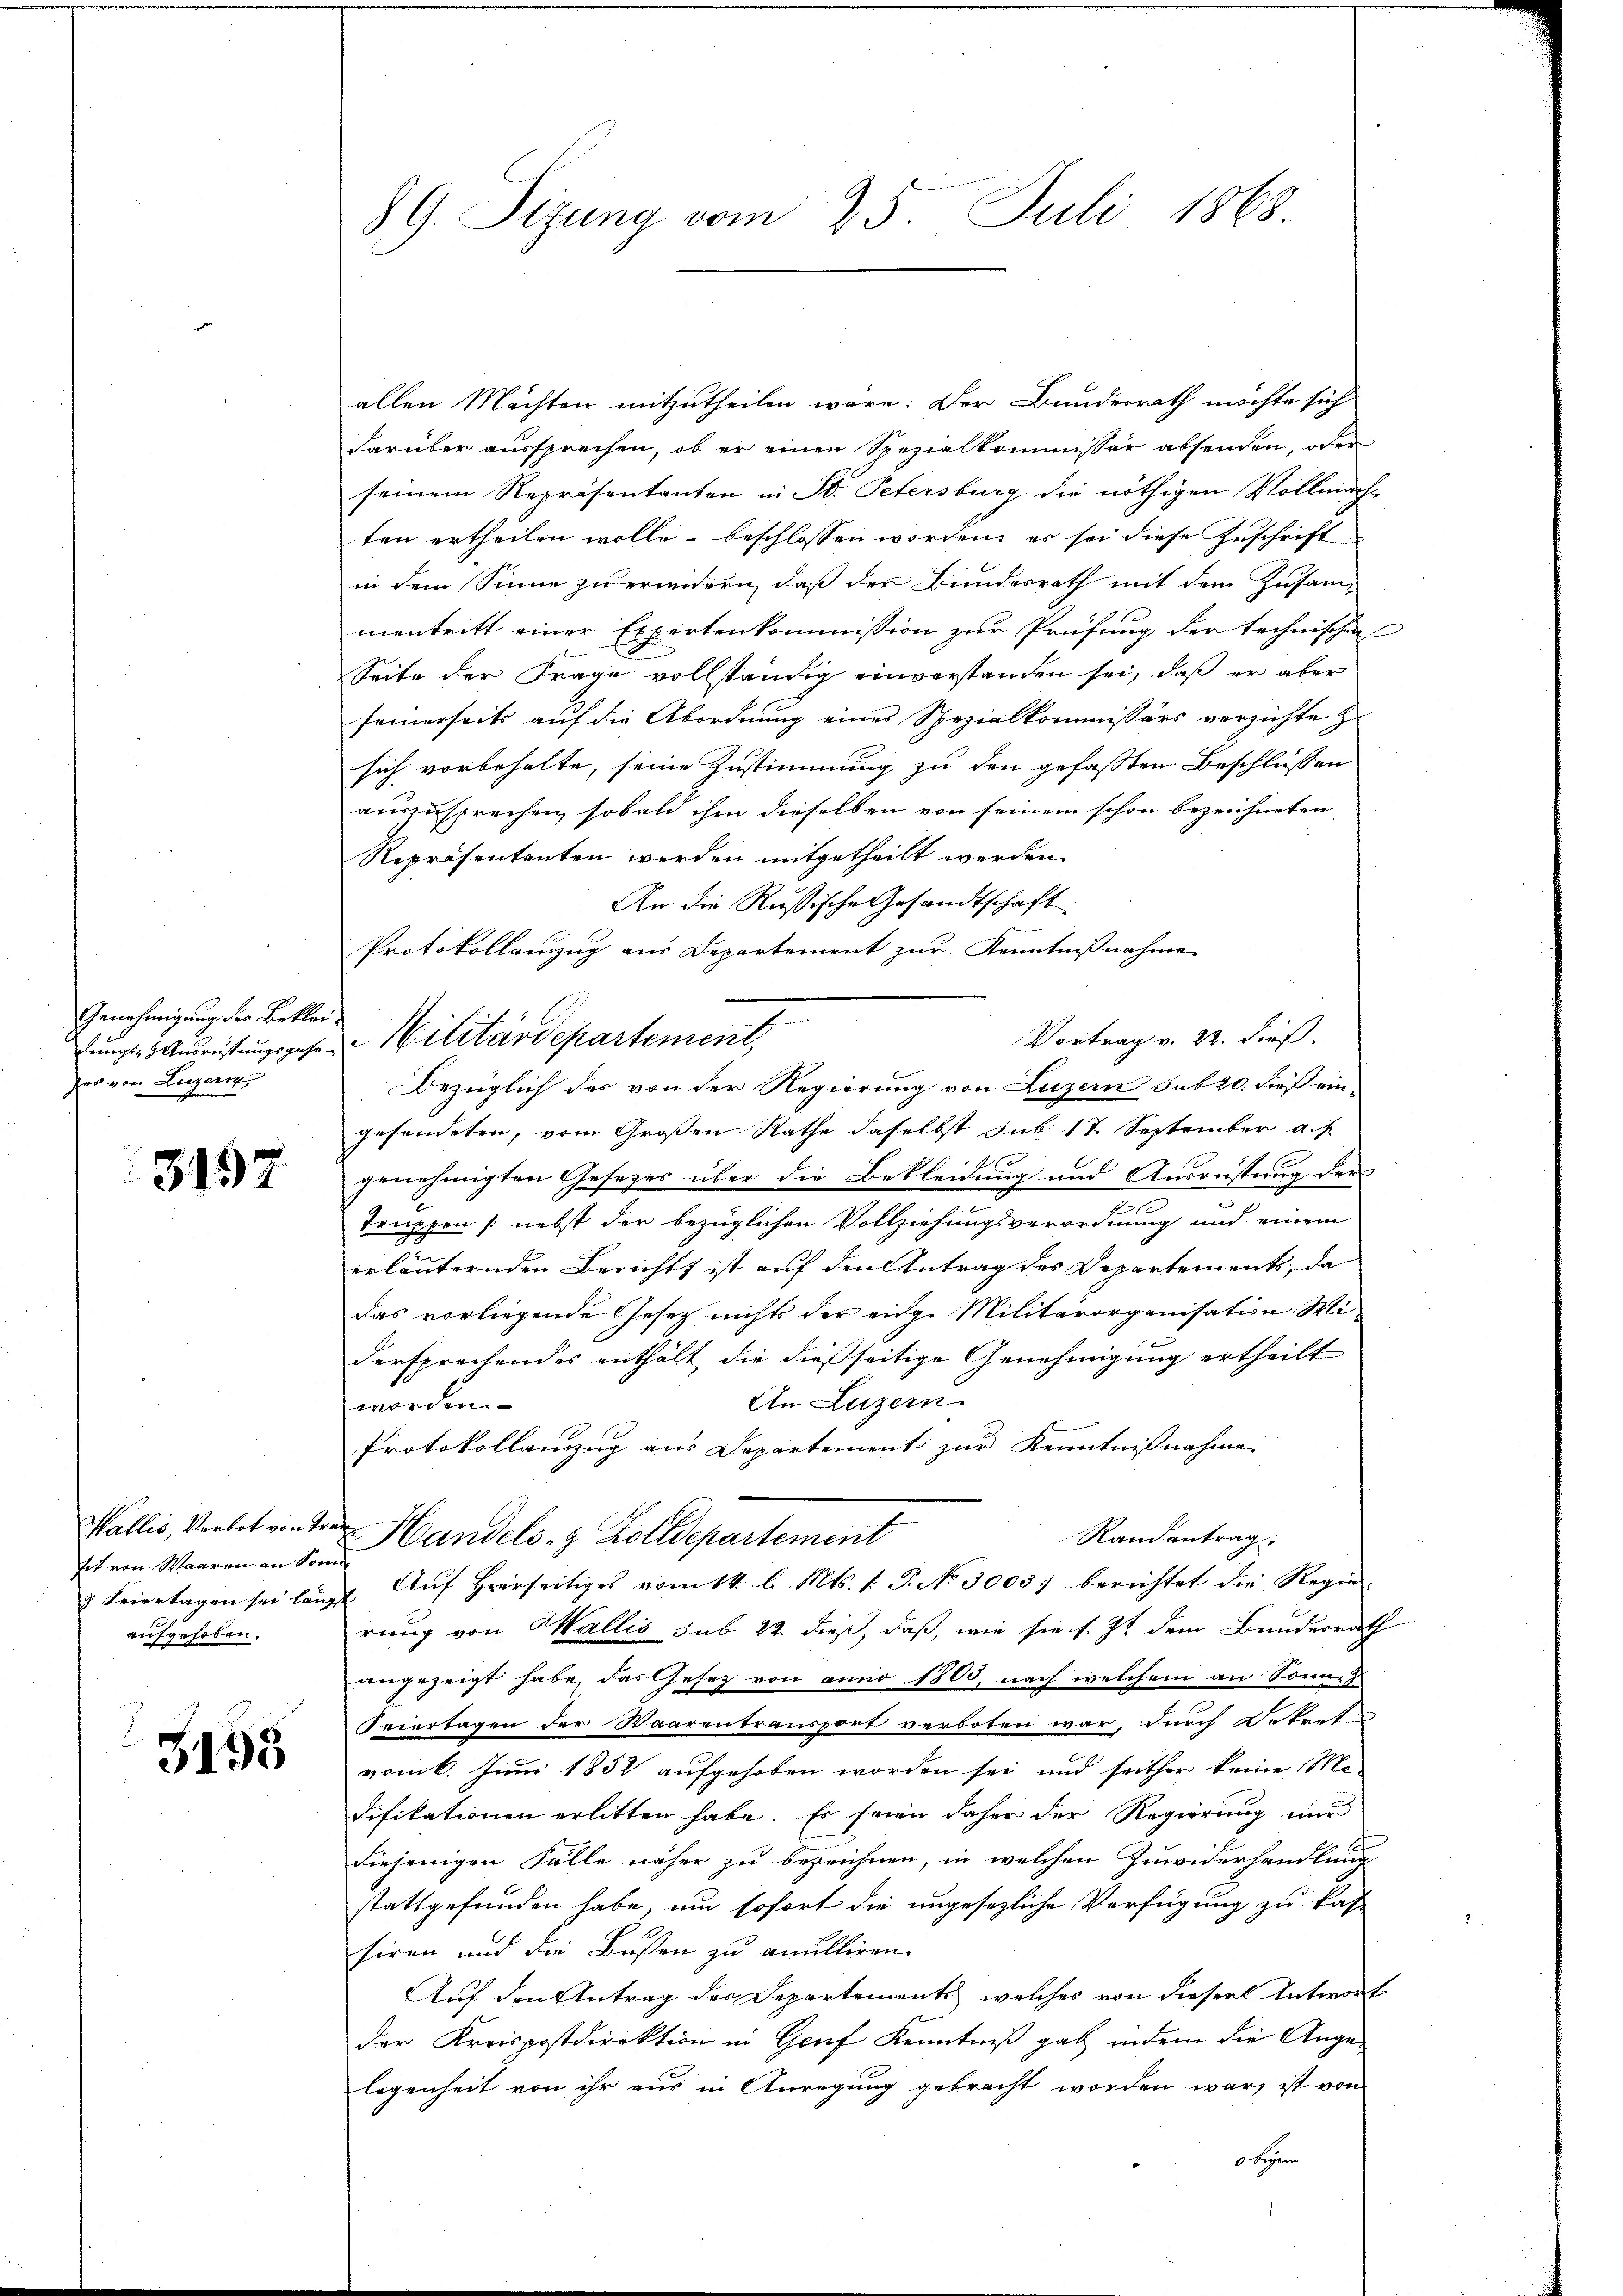
Genehmigung der Bekleilungs-Ausrüstungsgese
des von Luzern

3197

Wallis, Verbot von Tr
hit von Waaren an von
8 Feiertagen sei läng
aufgehoben.

3195

89. Sizung vom 25. Juli 1868

allen Mächten mitzutheilen wäre. Der Bundesrath möchte sich
darüber aussprechen, ob er einen Spezialkommissär absenden, oder
seinem Repräsentanten in St. Petersburg die nöthigen Vollmachten ertheilen wolle, beschlossen worden, er sei diese Zuschrift
in dem Sinne zuerundern, daß der Bundesrath mit dem Zusammentritt einer Expertenkommission zur Prüfung der technischen
Seite der Frage vollständig einverstanden sei, daß er aber
seinerseits auf die Abordnung eines Spezialkommissärs verzichte z
sich vorbehalte, seine Zustimmung zu den gefassten Beschlüssen
auszusprechen, sobald ihm dieselben von seinem schon bezeichneten
Repräsentanten werden mitgetheilt werden.
An die Russische Gesandtschaft
Protokollauszug aus Departement zur Kenntnißnahme
Vortrag v. 22. dieß.
Militärdepartement,
Bezüglich des von der Regierung von Luzern sub 20. dieß eingesendeten, vom Großen Rathe daselbst sub 17 September a. f.
genehmigten Gesetzes über die Bekleidung und Ausrüstung der
e
Truppen /: nebst der bezüglichen Vollziehungsverordnung und einem
erläuternden Berichts ist auf den Antrag des Departements, da
das vorliegende Gesetz nichts der einge Militärorganisation Widersprechendes enthält die dießseitige Genehmigung ertheilt
An Luzern
worden.
Protokollauszug aus Departement zur Kenntnißnahme.
Randantrag.
Handels- & Zolldepartement
1. Aŭf Hierseitiges vom 14. l. Mts. 1. P. No 3003. berichtet die Regie-
rung von Wallis sub 22. dieß, daß, wie sie s. Zt. dem Bundesrath
ngezeigt habe, das Gesez von anno 1800, nach welchem an Sonne
Feiertagen der Waarentransport verboten war, durch Betrete
vom 6. Juni 1852 aufgehoben worden sei und seither keine Mo-
difikationen erlitten habe. Es seien daher der Regierung nur
diejenigen Fälle näher zu bezeichnen, in welchen Zuwiderhandlung
stattgefunden habe, um sofort die ungesezliche Verfügung zu kas-
siren und die Bußen zu anulliren.
Auf den Antrag des Departements, welches von dieser Antwort
Der Kreispostdirektion in Genf Kenntniß gab, indem die Angelegenheit von ihr aus in Anregung gebracht worden war, ist von
Obigen